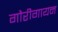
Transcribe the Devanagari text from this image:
गौरीगायन